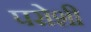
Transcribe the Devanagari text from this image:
परोशी